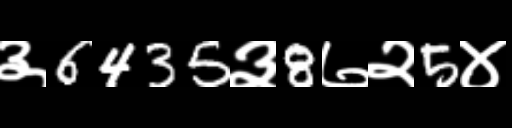
Text: ३6435३8७२5४